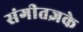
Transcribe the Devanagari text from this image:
संगीतज्ञके